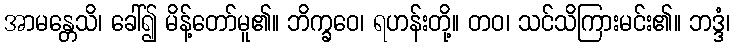
အာမန္တေသိ၊ ခေါ်၍ မိန့်တော်မူ၏။ ဘိက္ခဝေ၊ ရဟန်းတို့။ တဝ၊ သင်သိကြားမင်း၏။ ဘဒ္ဒံ၊